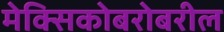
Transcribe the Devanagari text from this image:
मेक्सिकोबरोबरील